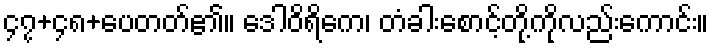
၄၇+၄၈+ပေတတ်၏။ ဒေါဝိရိကေ၊ တံခါးစောင့်တို့ကိုလည်းကောင်း။